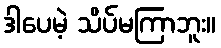
ဒါပေမဲ့ သိပ်မကြာဘူး။